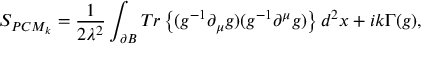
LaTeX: S _ { P C M _ { k } } = \frac { 1 } { 2 \lambda ^ { 2 } } \int _ { \partial { \cal B } } T r \left\{ ( g ^ { - 1 } \partial _ { \mu } g ) ( g ^ { - 1 } \partial ^ { \mu } g ) \right\} d ^ { 2 } x + i k \Gamma ( g ) ,